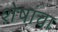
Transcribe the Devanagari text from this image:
शेषांचा